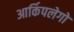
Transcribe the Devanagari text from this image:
आर्किपलेगो